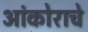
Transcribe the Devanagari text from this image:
आंकोराचे